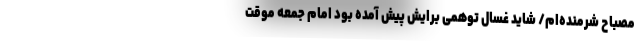
مصباح شرمنده‌ام/ شاید غسال توهمی برایش پیش آمده بود امام جمعه موقت